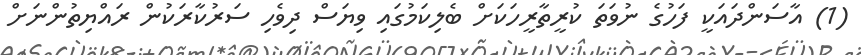
(1) އާސަންދައަކީ ފަހުގެ ނުވަތަ ކުރީތާރީހަކަށް ބެލިކަމުގައި ވިޔަސް ދިވެހި ސަރުކާރަކުން ރައްޔިތުންނަށް